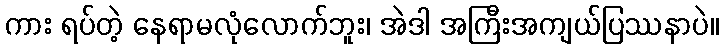
ကား ရပ်တဲ့ နေရာမလုံလောက်ဘူး၊ အဲဒါ အကြီးအကျယ်ပြဿနာပဲ။